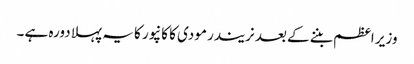
وزیر اعظم بننے کے بعد نریندر مودی کا کانپور کا یہ پہلا دورہ ہے ۔